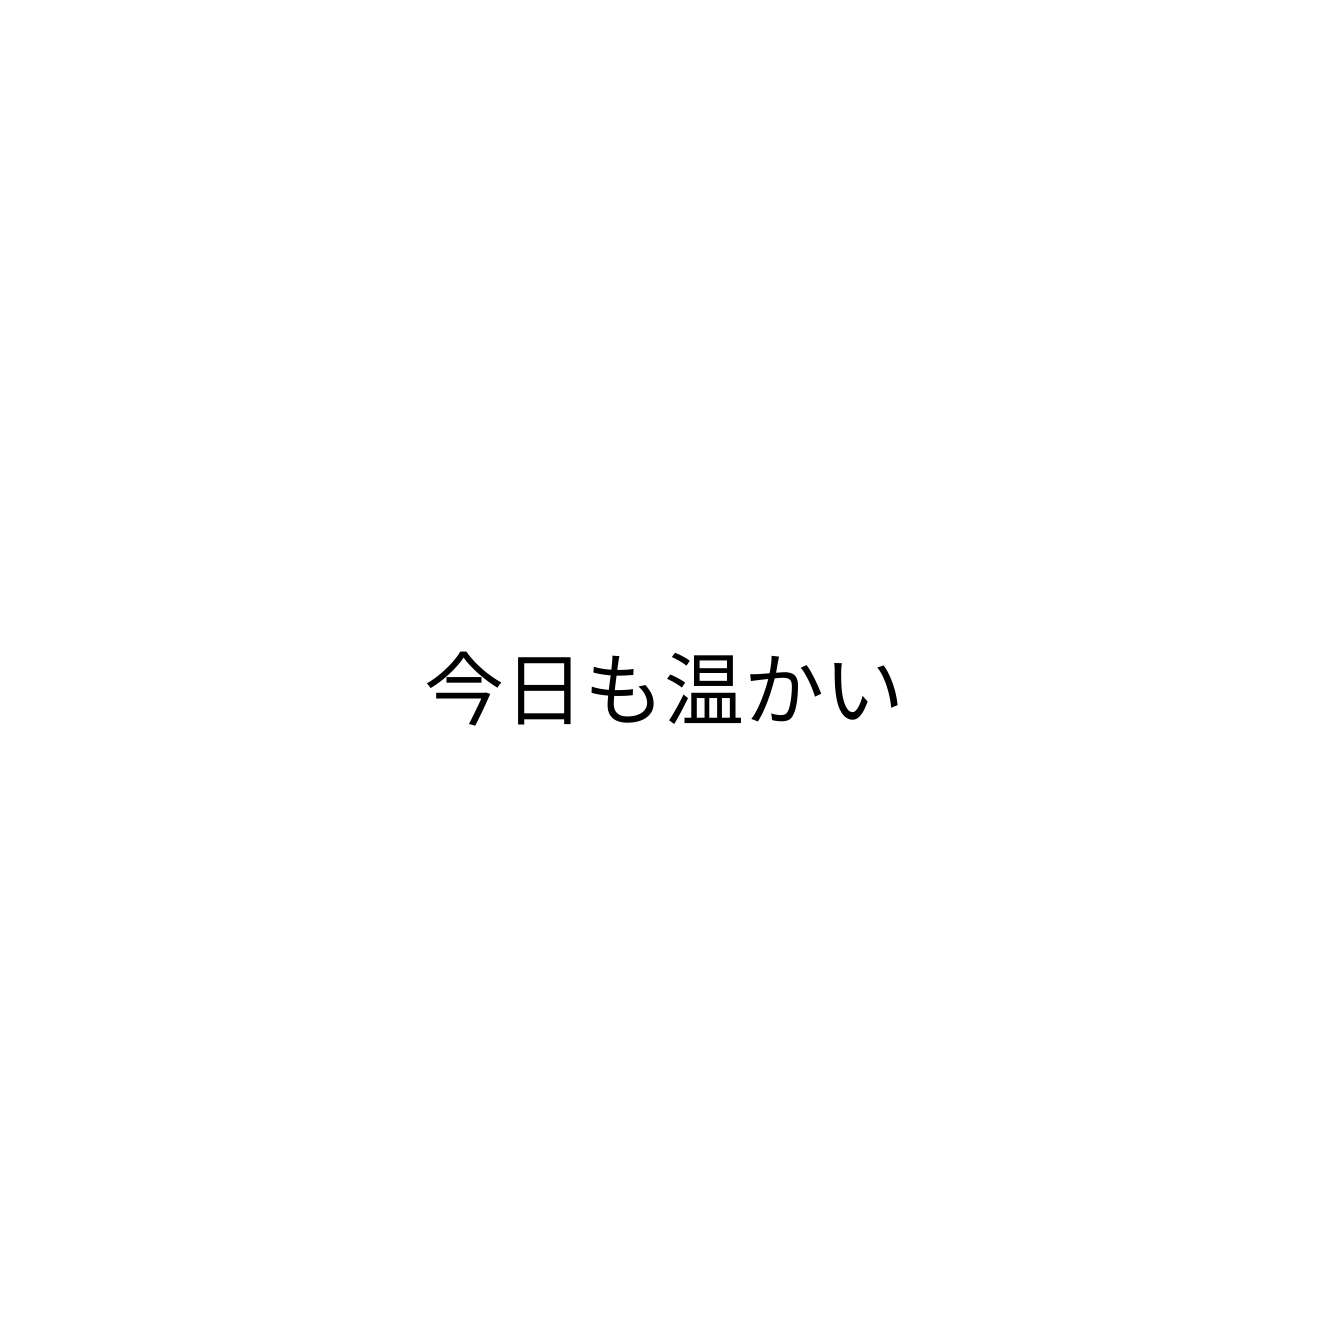
今日も温かい